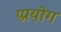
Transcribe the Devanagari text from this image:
प्प्रयोग